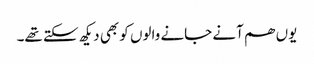
یوں ھم آنے جانے والوں کو بھی دیکھ سکتے تھے۔